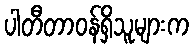
ပါတီတာဝန်ရှိသူများက